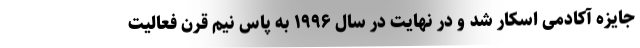
جایزه آکادمی اسکار شد و در نهایت در سال ۱۹۹۶ به پاس نیم قرن فعالیت